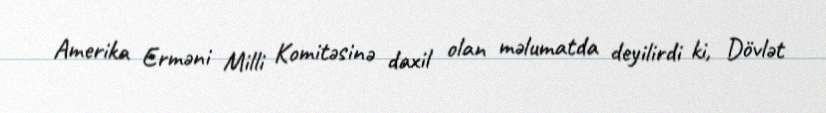
Amerika Erməni Milli Komitəsinə daxil olan məlumatda deyilirdi ki, Dövlət